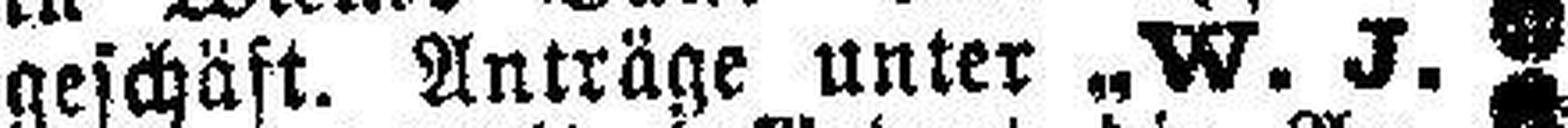
geschäft. Anträge unter „W. J.